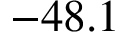
- 4 8 . 1